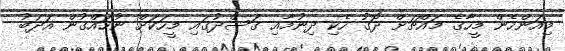
މިއަންހެން މީހާގެ މައްޗަށް ދޮގު ހެކި ދިނުމާއި ގަސްދުގައި މީހަކަށް ނުހައްގުން އަދަބު